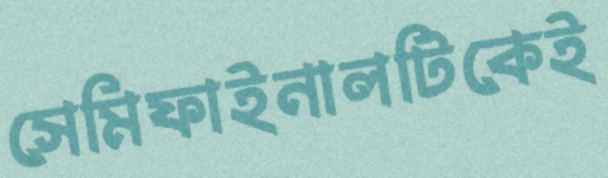
সেমিফাইনালটিকেই